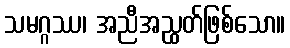
သမဂ္ဂဿ၊ အညီအညွှတ်ဖြစ်သော။